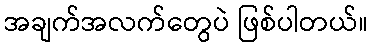
အချက်အလက်တွေပဲ ဖြစ်ပါတယ်။